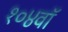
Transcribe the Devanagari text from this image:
१०४वॉ